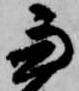
兼